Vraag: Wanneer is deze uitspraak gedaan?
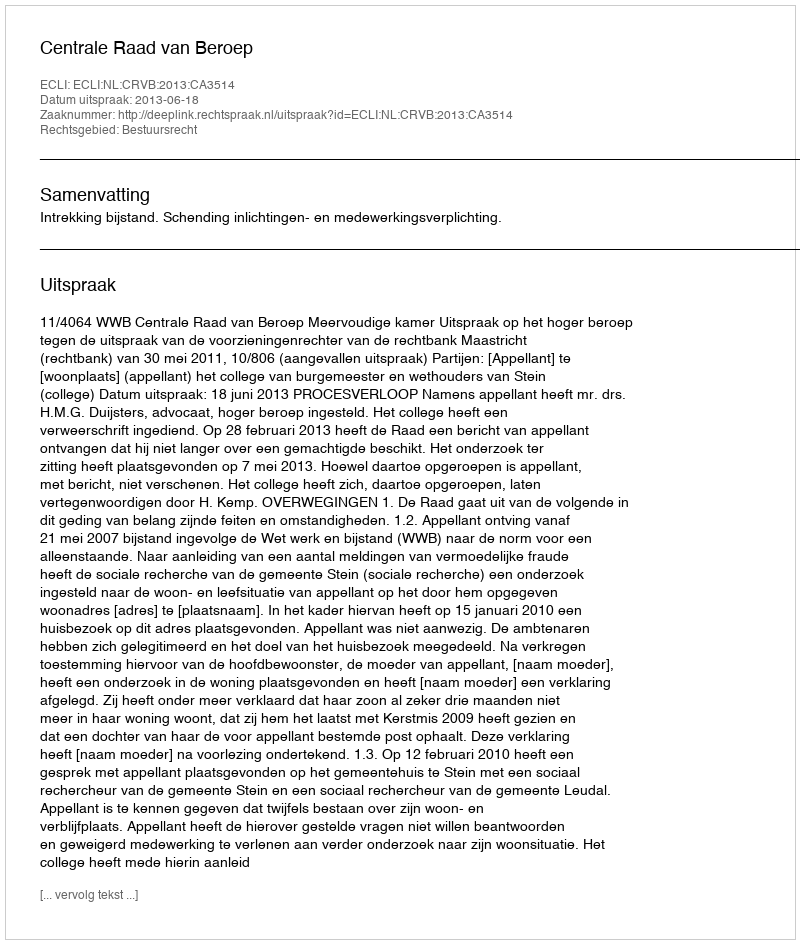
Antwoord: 2013-06-18